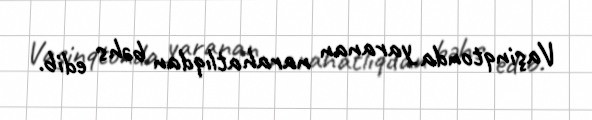
Vaşinqtonda yaranan narahatlıqdan bəhs edib.